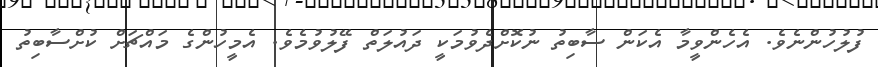
ފުލުހުންނެވެ. އެހެންވީމާ އެކަން ސާބިތު ނުކޮށްދެވުމަކީ ދައުލަތް ފޭލުވުމެވެ. އެމީހުންގެ މައްޗަށް ކުށްސާބިތު